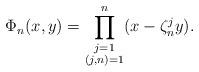
LaTeX: \begin{align*} \Phi_n(x,y)=\prod^n_{\substack{j=1 \\ (j,n)=1}}(x-\zeta^j_ny).\end{align*}